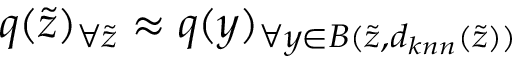
q ( \Tilde { z } ) _ { \forall \Tilde { z } } \approx q ( y ) _ { \forall y \in B ( \Tilde { z } , d _ { k n n } ( \Tilde { z } ) ) }